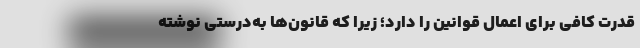
قدرت کافی برای اعمال قوانین را دارد؛ زیرا که قانون‌ها به‌درستی نوشته